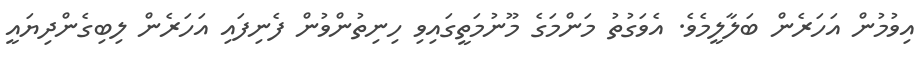
އިވުމުން އަހަރެން ބަލާލީމެވެ. އެވަގުތު މަންމަގެ މޫނުމަތީގައިވި ހިނިތުންވުން ފެނިފައި އަހަރެން ލިބިގެންދިޔައީ